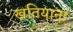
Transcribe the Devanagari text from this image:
खतियाना